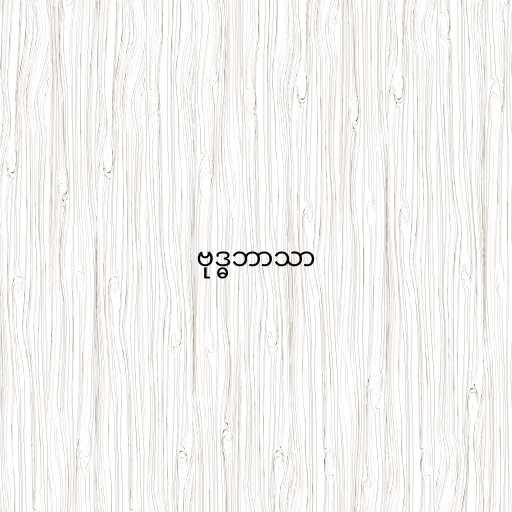
ဗုဒ္ဓဘာသာ